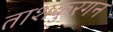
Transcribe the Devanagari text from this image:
ताशकुरगन